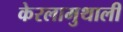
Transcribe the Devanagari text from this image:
केरलामुथाली